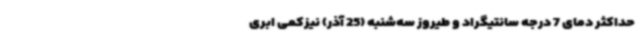
حداکثر دمای 7 درجه سانتیگراد و طیروز سه‌شنبه (25 آذر) نیزکمی ابری